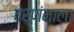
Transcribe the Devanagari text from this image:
वर्णंमाला